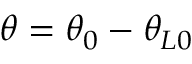
\theta = \theta _ { 0 } - \theta _ { L 0 }